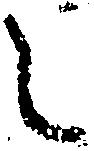
之